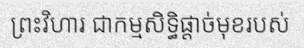
ព្រះវិហារ ជាកម្មសិទ្ធិផ្តាច់មុខរបស់